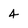
Character: 4